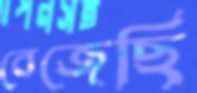
বেজেছি